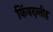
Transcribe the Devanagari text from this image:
किंवदन्तीह